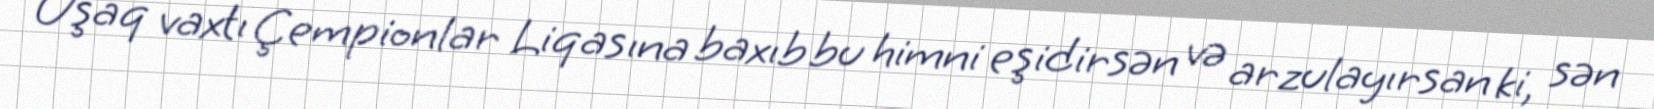
Uşaq vaxtı Çempionlar Liqasına baxıb bu himni eşidirsən və arzulayırsan ki, sən